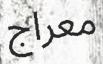
معراج